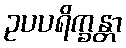
ဥပပရိက္ခန္တာ